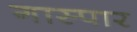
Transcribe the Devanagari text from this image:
गास्पार